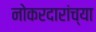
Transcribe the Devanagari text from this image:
नोकरदारांच्या